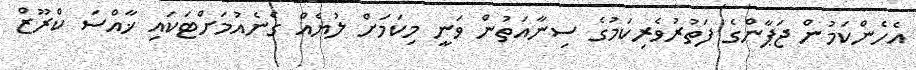
އެހެންކަމުން ޖަޕާންގެ ފަތުރުވެރިކަމުގެ ސިނާއަތުން ވަނީ މިކަމަށް ލުޔެއް ގެނެއުމަށްޓަކައި ޚާއްސަ ކްރޫޒް